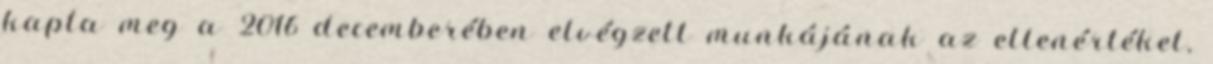
kapta meg a 2016 decemberében elvégzett munkájának az ellenértéket,